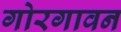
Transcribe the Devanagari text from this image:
गोरगावन